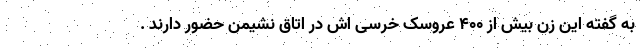
به گفته این زن بیش از ۴۰۰ عروسک خرسی اش در اتاق نشیمن حضور دارند .